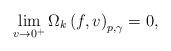
LaTeX: \begin{align*}\lim\limits_{v\rightarrow 0^{+}}\Omega _{k}\left( f,v\right) _{p,\gamma }=0,\end{align*}